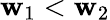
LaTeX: \mathbf{w}_{1}<\mathbf{w}_{2}